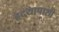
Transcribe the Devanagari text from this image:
हृदयापाशी